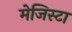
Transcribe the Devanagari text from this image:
मेजिस्टा